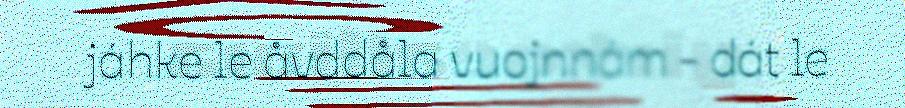
jáhke le åvddåla vuojnnám - dát le